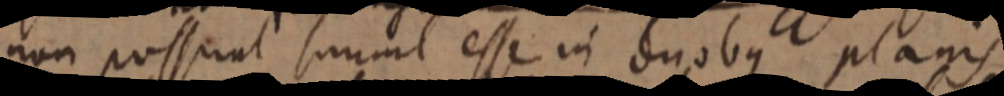
non possunt simul esse in duobus planis